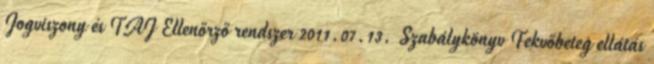
Jogviszony és TAJ Ellenőrző rendszer 2011.07.13. Szabálykönyv Fekvőbeteg ellátás